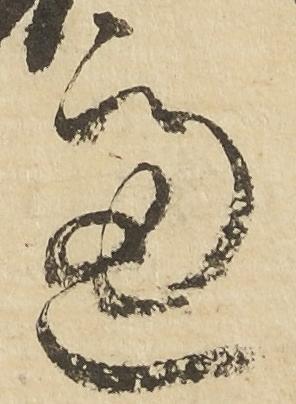
慮